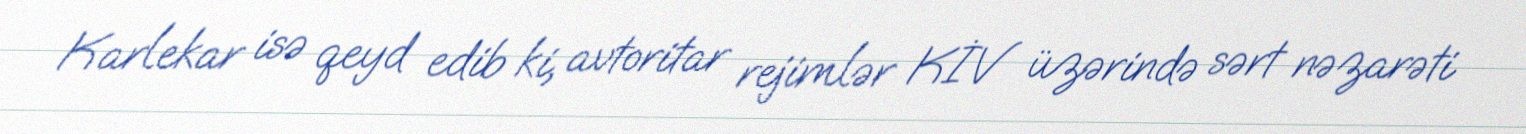
Karlekar isə qeyd edib ki, avtoritar rejimlər KİV üzərində sərt nəzarəti